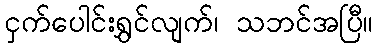
ငှက်ပေါင်းရွှင်လျက်၊ သဘင်အပြီ။